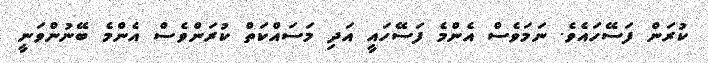
ކުރަން ފަސޭހައެވެ. ނަމަވެސް އެންމެ ފަސޭހައީ އަދި މަސައްކަތް ކުރަންވެސް އެންމެ ބޭނުންވަނީ